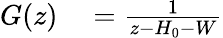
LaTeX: \begin{array}{rl}{G(z)}&{{}=\frac{1}{z-H_{0}-W}}\end{array}